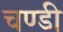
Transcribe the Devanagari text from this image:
चण्‍डी